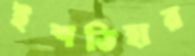
ইশতিহার